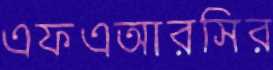
এফএআরসির